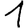
Digit: 1